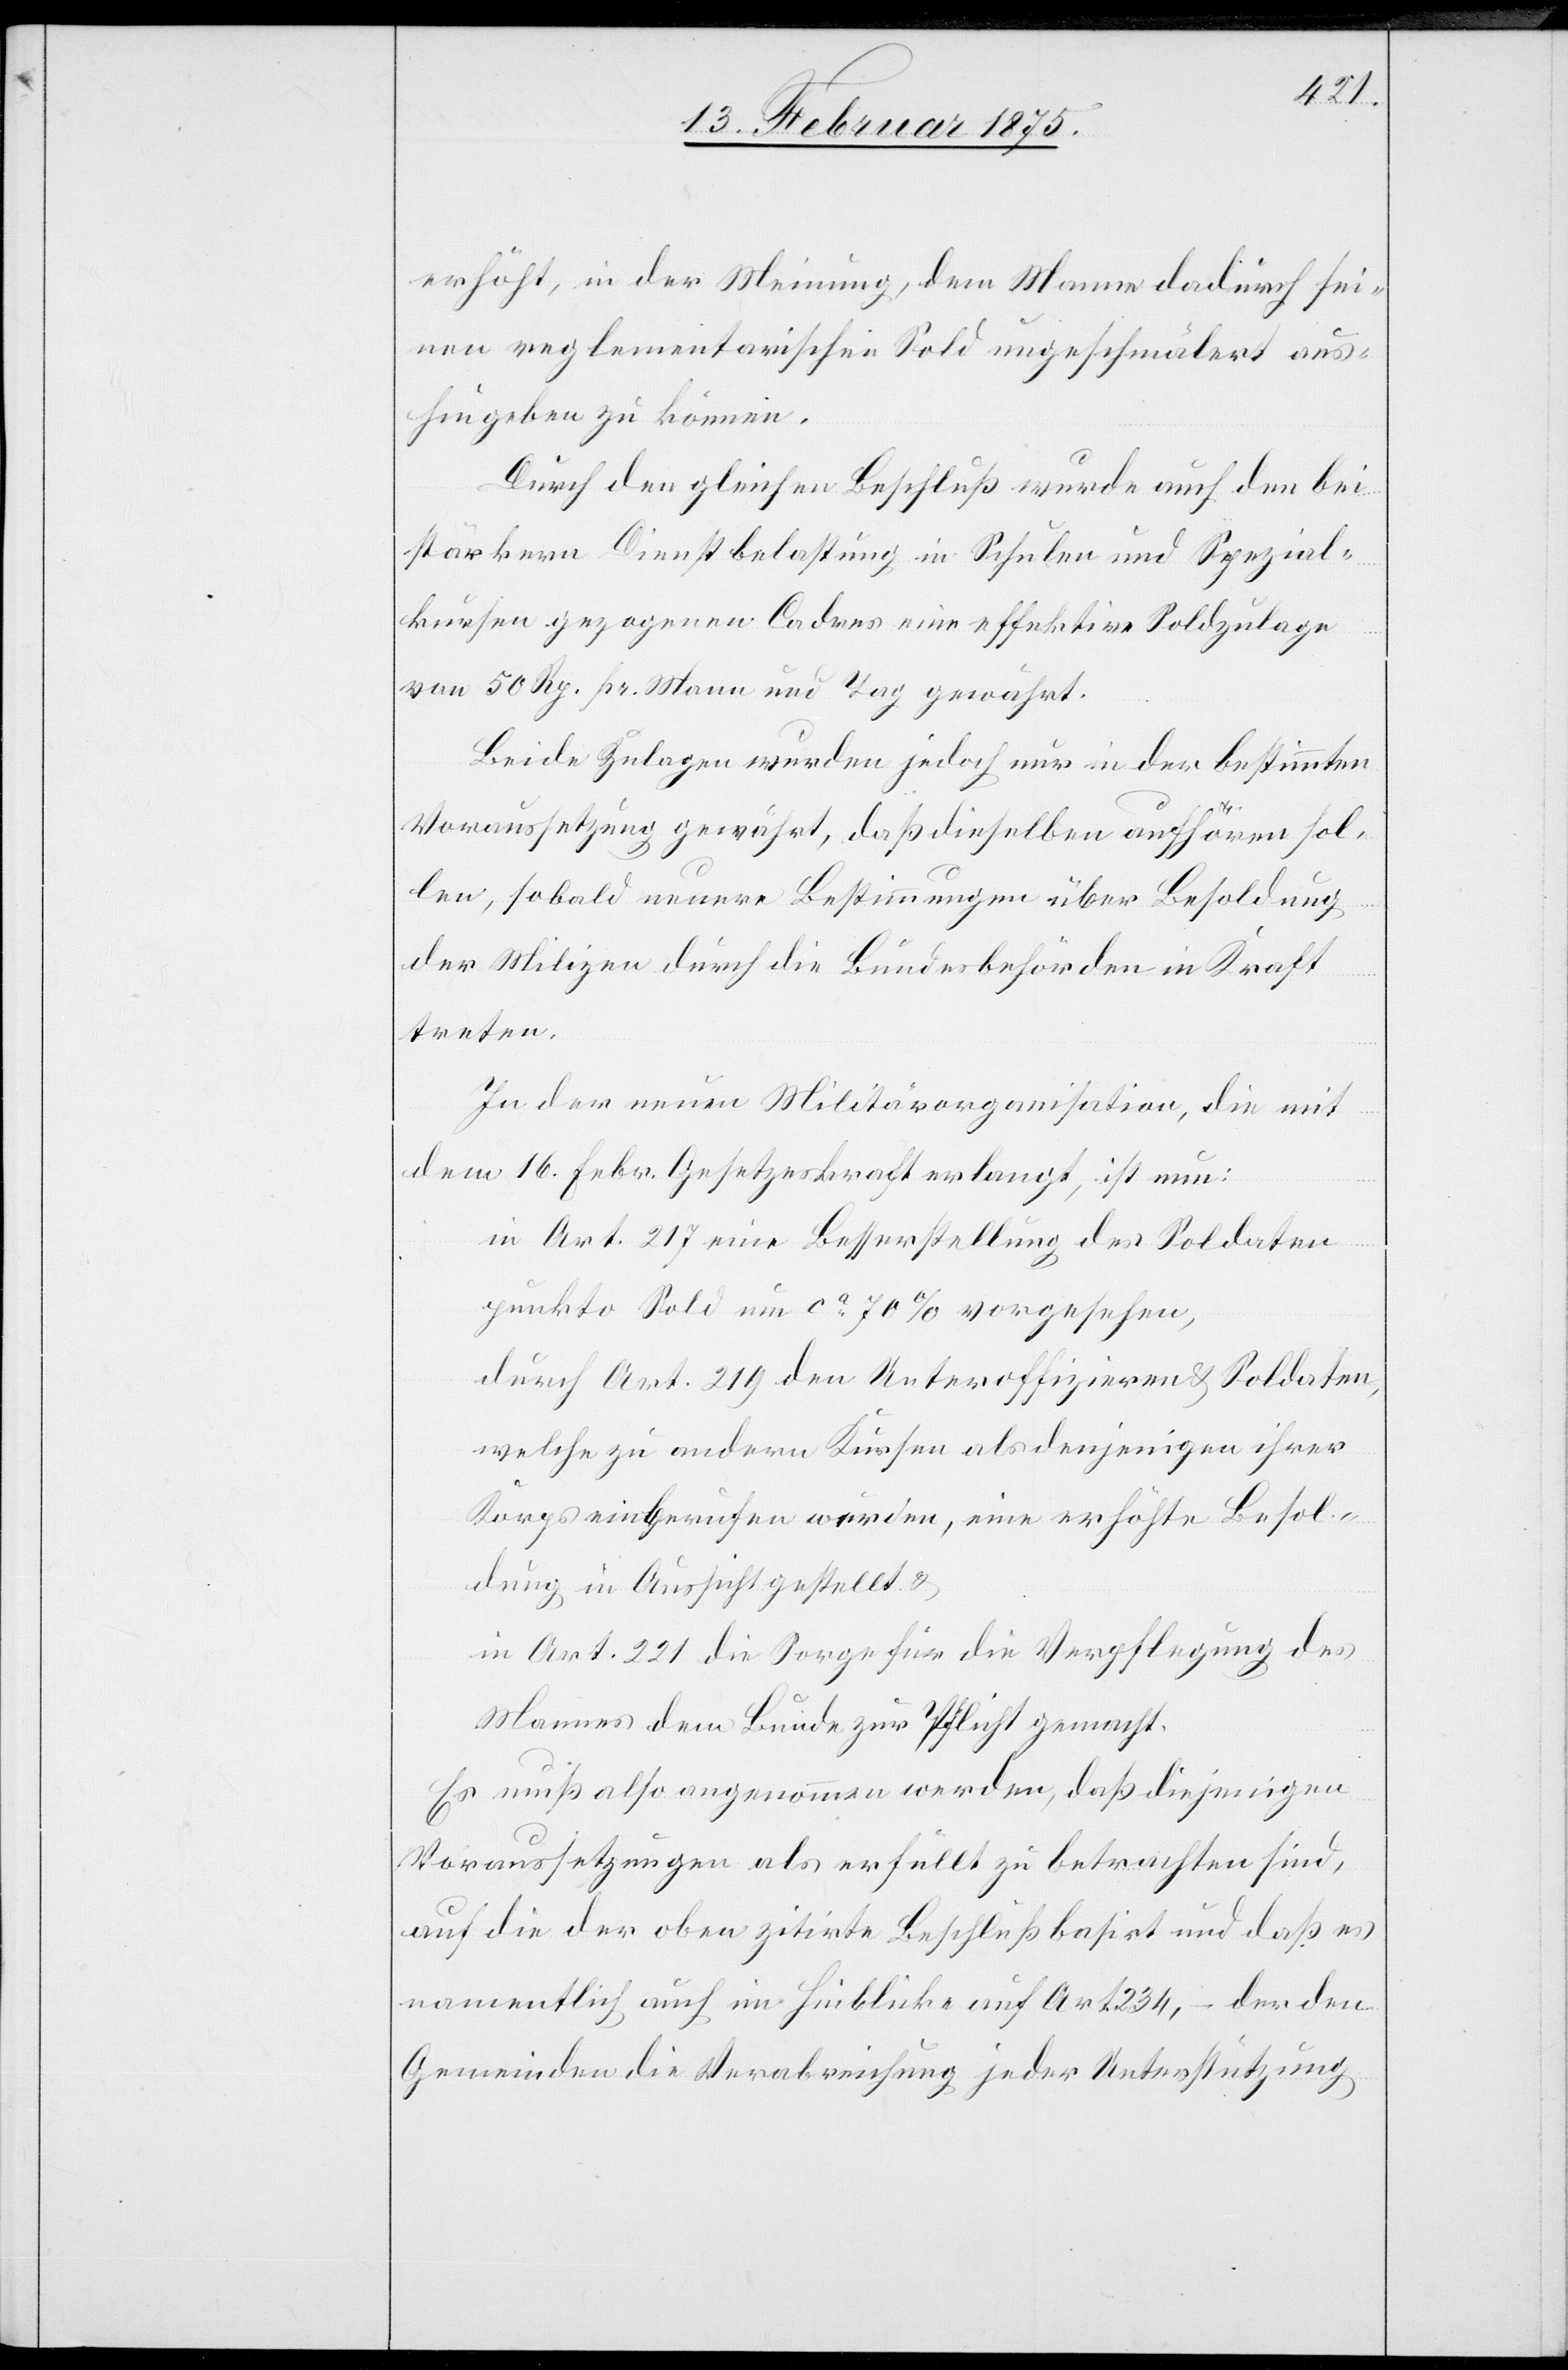
erhöht, in der Meinung, dem Manne dadurch sei¬
nen reglementarischen Sold ungeschmälert aus¬
hingeben zu können.
Durch den gleichen Beschluß wurde auch den bei
stärkeren Dienstbelastung in Schulen und Spezial¬
kursen gezogenen Cadres eine effektive Soldzulage
von 50 Rp. pr. Mann und Tag gewährt.
Beide Zulagen wurden jedoch nur in der bestimmten
Voraussetzung gewährt, daß dieselben aufhören sol¬
len, sobald neuere Bestimmungen über Besoldung
der Milizen durch die Bundesbehörden in Kraft
treten.
In der neuen Militärorganisation, die mit
dem 16. Febr. Gesetzeskraft erlangt, ist nun:
in Art. 217 eine Besserstellung des Soldaten
punkto Sold um ca 70% vorgesehen,
durch Art. 219 den Unteroffizieren & Soldaten,
welche zu andern Kursen als denjenigen ihrer
Korps einberufen wurden, eine erhöhte Besol¬
dung in Aussicht gestellt u.
in Art. 221 die Sorge für die Verpflegung des
Mannes dem Bunde zur Pflicht gemacht.
Es muß also angenommen werden, daß diejenigen
Voraussetzungen als erfüllt zu betrachten sind,
auf die der oben zitirte Beschluß basirt und daß es
namentlich auch im Hinblicke auf Art. 234, – der den
Gemeinden die Verabreichung jeder Unterstützung